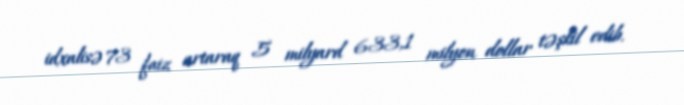
idxalisə 73 faiz artaraq 5 milyard 633,1 milyon dollar təşkil edib.